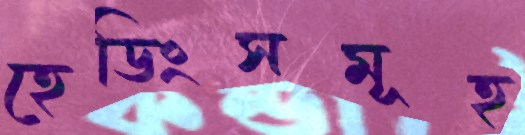
হেডিংসমূহ